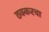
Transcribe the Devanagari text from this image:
ठक्करचा